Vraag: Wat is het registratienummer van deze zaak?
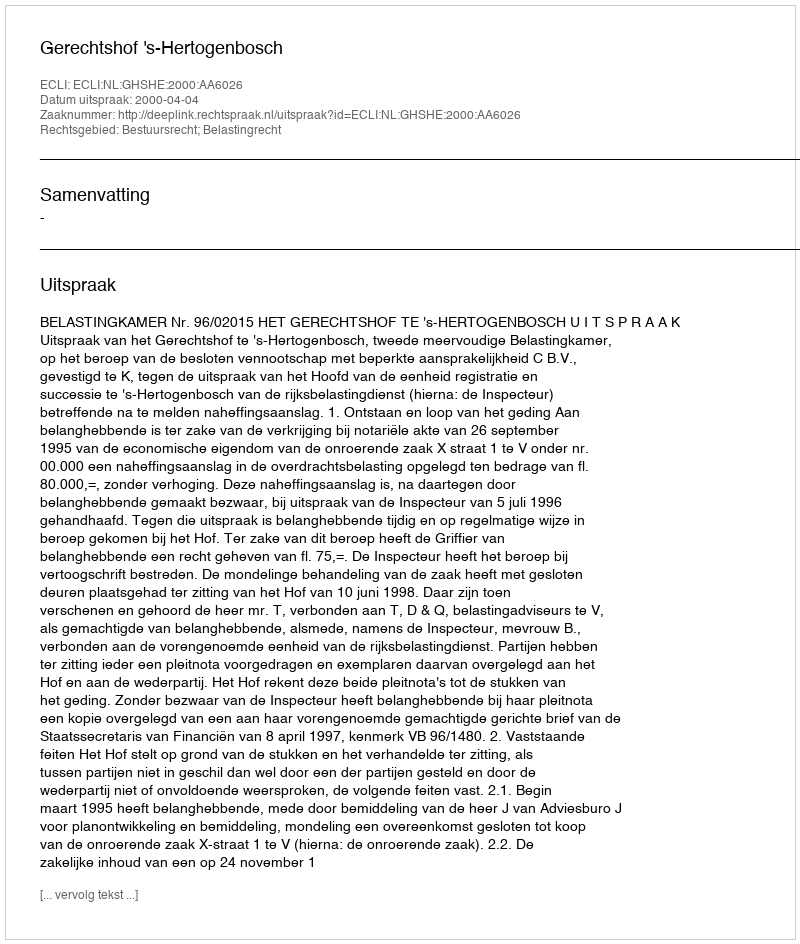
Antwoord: http://deeplink.rechtspraak.nl/uitspraak?id=ECLI:NL:GHSHE:2000:AA6026